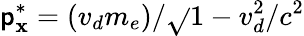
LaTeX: \mathsf{p}_{\mathbf{x}}^{*}=(v_{d}m_{e})/\sqrt{}{{1-v_{d}^{2}/c^{2}}}